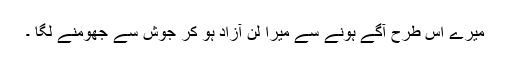
میرے اس طرح آگے ہونے سے میرا لن آزاد ہو کر جوش سے جھومنے لگا ۔